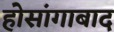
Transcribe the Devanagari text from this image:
होसांगाबाद